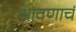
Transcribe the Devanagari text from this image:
श्रावणाचं